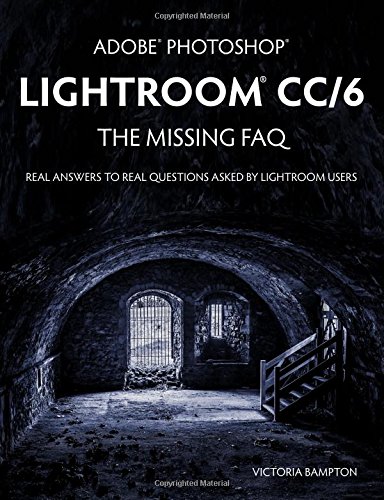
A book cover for Adobe Photoshop Lightroom CC/6 - The Missing FAQ - Real Answers to Real Questions Asked by Lightroom Users; Victoria Bampton; Arts & Photography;